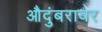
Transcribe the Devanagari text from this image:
औदुंबरावर